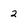
Character: 2